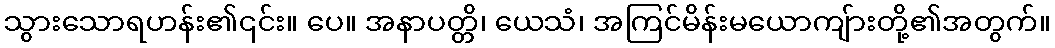
သွားသောရဟန်း၏၎င်း။ ပေ။ အနာပတ္တိ၊ ယေသံ၊ အကြင်မိန်းမယောကျ်ားတို့၏အတွက်။